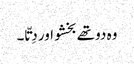
وہ دو تھے بخشو اور دِتّا ۔